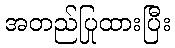
အတည်ပြုထားပြီး